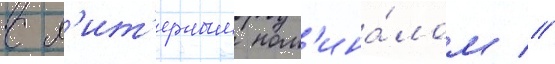
с л'ит'ерным ном'ина́лом //